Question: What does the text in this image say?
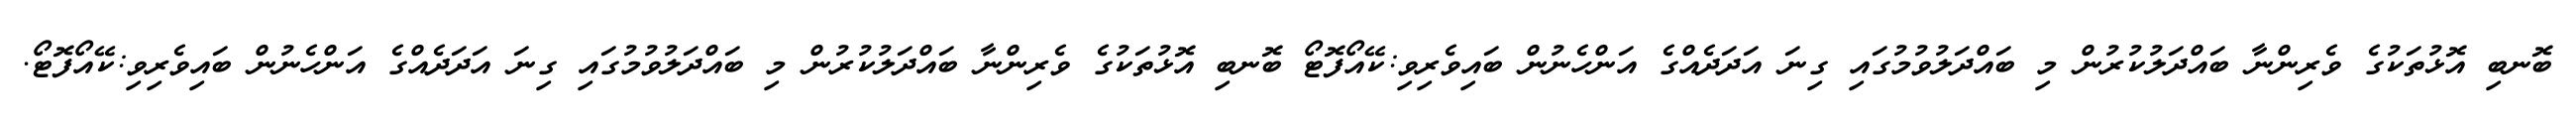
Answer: ބޮނބި އޮޅުތަކުގެ ވެރިންނާ ބައްދަލުކުރުން މި ބައްދަލުވުމުގައި ގިނަ އަދަދެއްގެ އަންހެނުން ބައިވެރިވި:ކޭއޯފޮޓޯ ބޮނބި އޮޅުތަކުގެ ވެރިންނާ ބައްދަލުކުރުން މި ބައްދަލުވުމުގައި ގިނަ އަދަދެއްގެ އަންހެނުން ބައިވެރިވި:ކޭއޯފޮޓޯ.